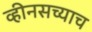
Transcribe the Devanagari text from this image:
व्हीनसच्याच